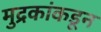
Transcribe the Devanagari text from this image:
मुद्रकांकडून